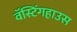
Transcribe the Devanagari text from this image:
वॅस्टिंगहाउस